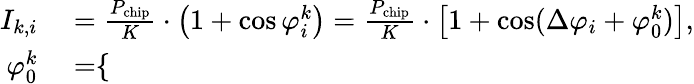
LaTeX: \begin{array}{rl}{I_{k,i}}&{{}=\frac{P_{\mathrm{chip}}}{K}\cdot\left(1+\cos\varphi_{i}^{k}\right)=\frac{P_{\mathrm{chip}}}{K}\cdot\left[1+\cos(\Delta\varphi_{i}+\varphi_{0}^{k})\right],}\\ {\varphi_{0}^{k}}&{{}=\begin{array}{r}{\left\{ \begin{array}{rlr}\end{array}\right.}\end{array}}\end{array}